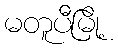
မတူပီမြို့